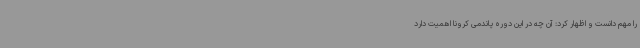
را مهم دانست و اظهار کرد: آن چه در این دوره پاندمی کرونا اهمیت دارد